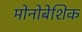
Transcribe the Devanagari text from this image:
मोनोबेशिक